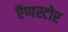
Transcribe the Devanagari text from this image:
ऍप्पस्टोर